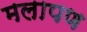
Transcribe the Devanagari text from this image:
मलापण